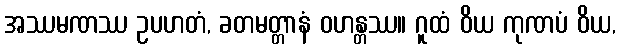
အဿမဏဿ ဥပဟတံ, ခတမတ္တာနံ ဝဟန္တဿ။ ဂူထံ ဝိယ ကုဏပံ ဝိယ,